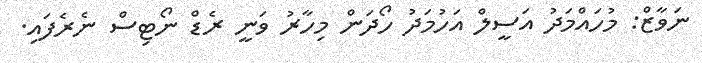
ނަވާޒް: މުހައްމަދު އަސީލް އަހުމަދު ހޯދަން މިހާރު ވަނީ ރެޑް ނޯޓިސް ނެރެފައި.